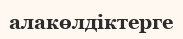
алакөлдіктерге